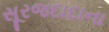
સૂરજદાદાના